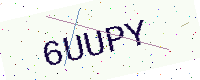
Text: 6UUPY